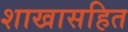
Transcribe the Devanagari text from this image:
शाखासहित